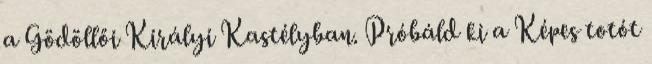
a Gödöllői Királyi Kastélyban. Próbáld ki a Képes totót